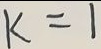
K = 1